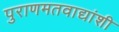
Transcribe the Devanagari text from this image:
पुराणमतवाद्यांशी